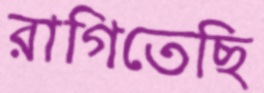
রাগিতেছি